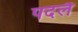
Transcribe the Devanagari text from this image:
पदलै